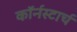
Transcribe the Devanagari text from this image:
कॉर्नस्टार्च